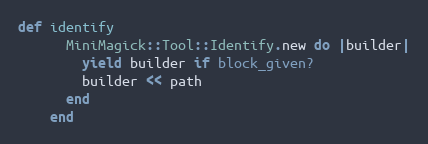
Language: Ruby
def identify
      MiniMagick::Tool::Identify.new do |builder|
        yield builder if block_given?
        builder << path
      end
    end